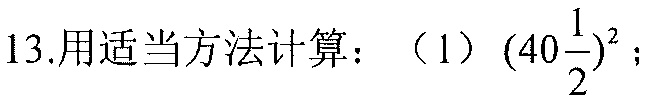
13.用适当方法计算：（1）\((40\frac{1}{2})^{2}\)；